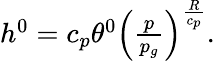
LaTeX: \begin{array}{r}{h^{0}=c_{p}\theta^{0}\left(\frac{p}{p_{g}}\right)^{\frac{R}{c_{p}}}.}\end{array}